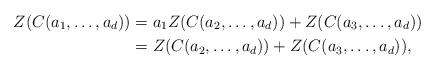
LaTeX: \begin{align*} Z(C(a_1,\ldots,a_d))&= a_1Z(C(a_2,\ldots,a_d))+Z(C(a_3,\ldots,a_d))\\ &= Z(C(a_2,\ldots,a_d))+Z(C(a_3,\ldots,a_d)),\end{align*}